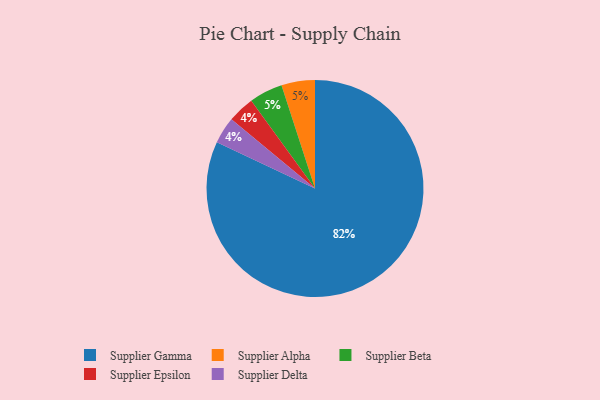
{"axis": {"x": "Category", "y": "Percentage"}, "legend": ["Supplier Alpha", "Supplier Beta", "Supplier Delta", "Supplier Epsilon", "Supplier Gamma"], "data": [{"x": "Supplier Alpha", "y": 5, "type": "Supplier Alpha"}, {"x": "Supplier Epsilon", "y": 4, "type": "Supplier Epsilon"}, {"x": "Supplier Beta", "y": 5, "type": "Supplier Beta"}, {"x": "Supplier Delta", "y": 4, "type": "Supplier Delta"}, {"x": "Supplier Gamma", "y": 82, "type": "Supplier Gamma"}]}